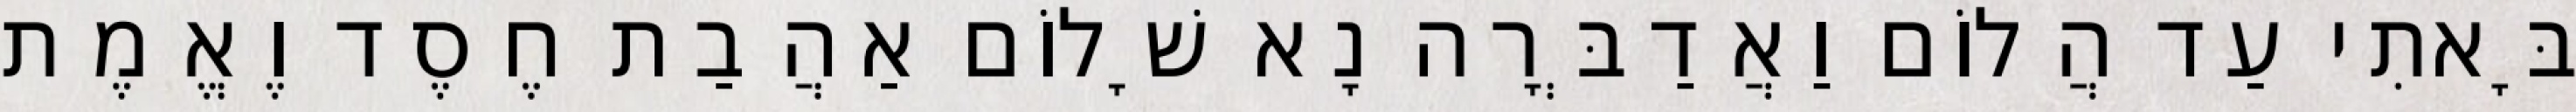
בָּאתִי עַד הֲלוֹם וַאֲדַבְּרָה נָא שָׁלוֹם אַהֲבַת חֶסֶד וֶאֱמֶת